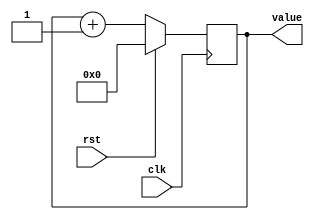
module freq_div(input wire clk,
					input wire rst,
					output reg [31:0]value);

always @(posedge clk) 
begin
    if (rst == 1)
        value <= 32'b0;
    else
        value <= value + 1'b1;
end

endmodule